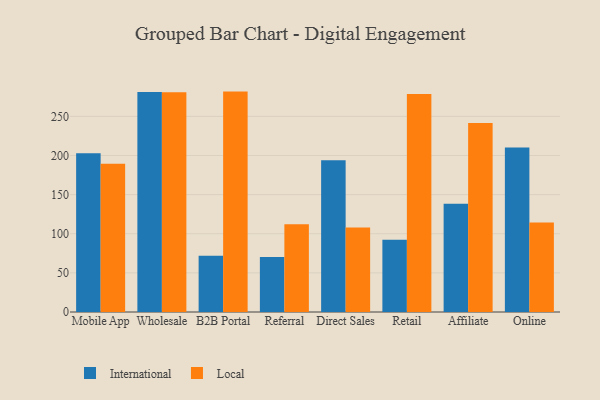
{"axis": {"x": "Channel", "y": "Energy Usage (MWh)"}, "legend": ["International", "Local"], "data": [{"x": "Mobile App", "y": 202.8, "type": "International"}, {"x": "Mobile App", "y": 189.6, "type": "Local"}, {"x": "Wholesale", "y": 281.3, "type": "International"}, {"x": "Wholesale", "y": 280.8, "type": "Local"}, {"x": "B2B Portal", "y": 71.9, "type": "International"}, {"x": "B2B Portal", "y": 281.7, "type": "Local"}, {"x": "Referral", "y": 70.2, "type": "International"}, {"x": "Referral", "y": 112.2, "type": "Local"}, {"x": "Direct Sales", "y": 193.8, "type": "International"}, {"x": "Direct Sales", "y": 108.1, "type": "Local"}, {"x": "Retail", "y": 92.5, "type": "International"}, {"x": "Retail", "y": 278.5, "type": "Local"}, {"x": "Affiliate", "y": 138.5, "type": "International"}, {"x": "Affiliate", "y": 241.7, "type": "Local"}, {"x": "Online", "y": 210.1, "type": "International"}, {"x": "Online", "y": 114.4, "type": "Local"}]}